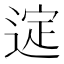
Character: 𫐲